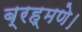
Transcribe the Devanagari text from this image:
ब्रह्मणे।